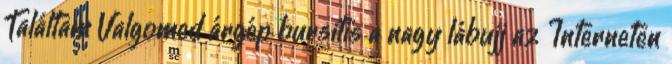
Találtam Valgomed árgép bursitis a nagy lábujj az Interneten